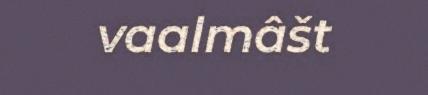
vaalmâšt